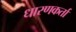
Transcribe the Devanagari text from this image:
धारणकर्ता